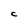
Character: C